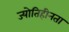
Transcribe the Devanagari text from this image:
ज्योतिहीनता